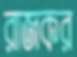
রাজকর